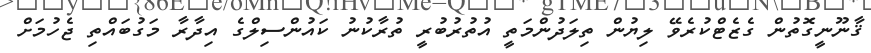
ޤާނޫނީގޮތުން ގެޒެޓްކުރެވޭ ލިޔުން ތިލަދުންމަތީ އުތުރުބުރީ ތުރާކުނު ކައުންސިލްގެ އިދާރާ މަގުބައްތި ޖެހުމަށް